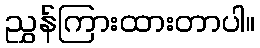
ညွှန်ကြားထားတာပါ။